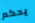
يحكم